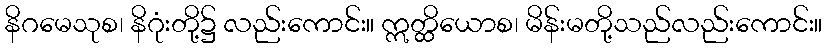
နိဂမေသုစ၊ နိဂုံးတို့၌ လည်းကောင်း။ ဣတ္ထိယောစ၊ မိန်းမတို့သည်လည်းကောင်း။